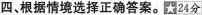
四、根据情境选择正确答案。☆24分